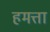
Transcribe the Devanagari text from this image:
हमत्ता